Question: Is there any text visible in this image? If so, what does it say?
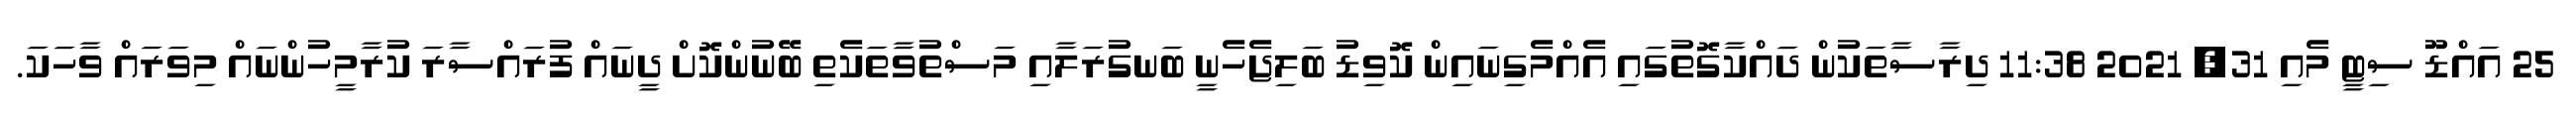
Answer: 25 އައްޑޫ ސިޓީ މެއި 31, 2021 11:38 ދިރާސާތަކުން ދައްކާގޮތުގައި އެއްމެގިނައިން ކޮވިޑު ބަލިޖެހެނީ ބަނގުރަލާއި މަސްތުވާތަކެތި ބޭނުންކޮށް ދީނައް ފުރައްސާރަ ކުރާމީހުންނައް މިވަރައް ވާހަކަ.